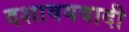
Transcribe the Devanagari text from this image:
दशावयवादी